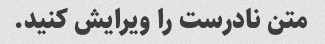
متن نادرست را ویرایش کنید.